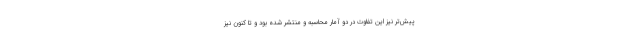
پیش‌تر نیز این تفاوت در دو آمار محاسبه و منتشر شده بود و تا کنون نیز